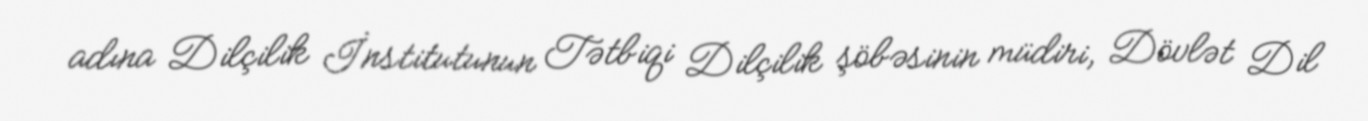
adına Dilçilik İnstitutunun Tətbiqi Dilçilik şöbəsinin müdiri, Dövlət Dil